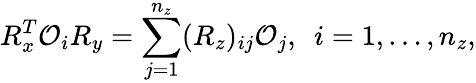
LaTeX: R_{x}^{T}{\cal O}_{i}R_{y}=\sum_{j=1}^{n_{z}}(R_{z})_{ij}{\cal O}_{j},\ \ i=1,\ldots,n_{z},